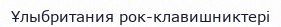
Ұлыбритания рок-клавишниктері